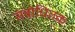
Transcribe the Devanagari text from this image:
संबोधितक